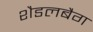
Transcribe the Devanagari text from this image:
शैडलबैग